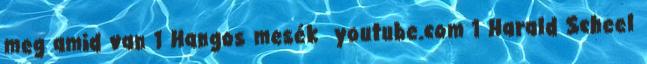
meg amid van 1 Hangos mesék youtube.com 1 Harald Scheel